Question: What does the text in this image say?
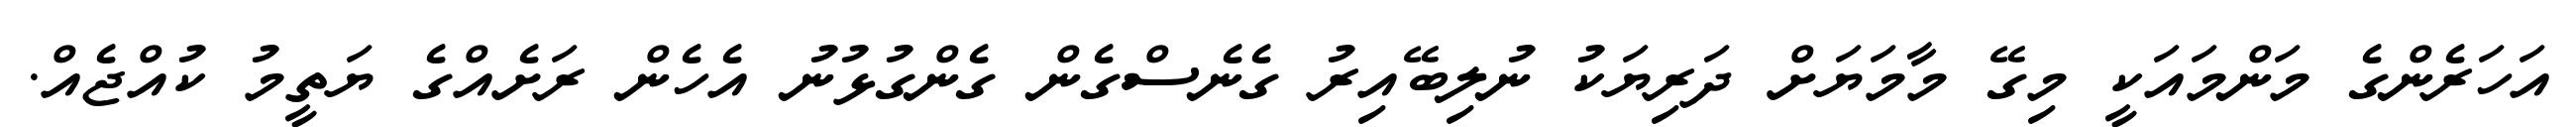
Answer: އަހަރެންގެ މަންމައަކީ މިގޭ މާމަޔަށް ދަރިޔަކު ނުލިބޭއިރު ގެނެސްގެން ގެންގުޅުނު އެހެން ރަށެއްގެ ޔަތީމު ކުއްޖެއް.